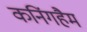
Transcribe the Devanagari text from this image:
कनिंगहैम